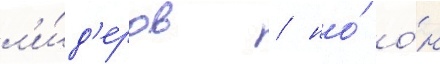
л'и́д'еров / но́ о́н